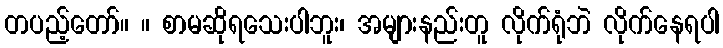
တပည့်တော်။ ။ စာမဆိုရသေးပါဘူး၊ အများနည်းတူ လိုက်ရုံဘဲ လိုက်နေရပါ